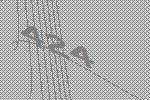
424